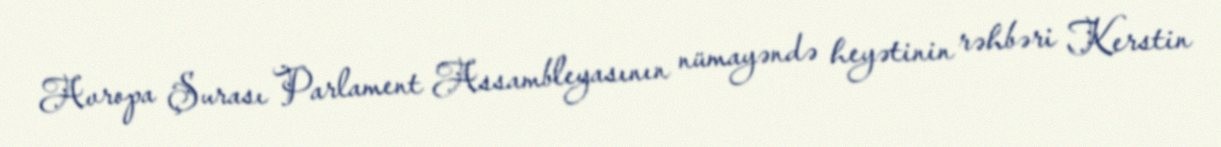
Avropa Şurası Parlament Assambleyasının nümayəndə heyətinin rəhbəri Kerstin